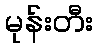
မုန်းတီး